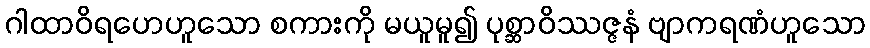
ဂါထာဝိရဟေဟူသော စကားကို မယူမူ၍ ပုစ္ဆာဝိဿဇ္ဇနံ ဗျာကရဏံဟူသော